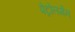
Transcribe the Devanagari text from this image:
पेट्रोलमैन